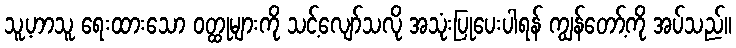
သူ့ဟာသူ ရေးထားသော ဝတ္ထုများကို သင့်လျော်သလို အသုံးပြုပေးပါရန် ကျွန်တော့်ကို အပ်သည်။